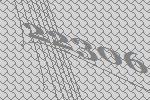
22306